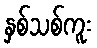
နှစ်သစ်ကူး